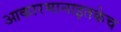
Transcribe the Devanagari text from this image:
आकारमानाइतकेच